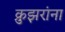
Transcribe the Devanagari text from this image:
क्रुझरांना